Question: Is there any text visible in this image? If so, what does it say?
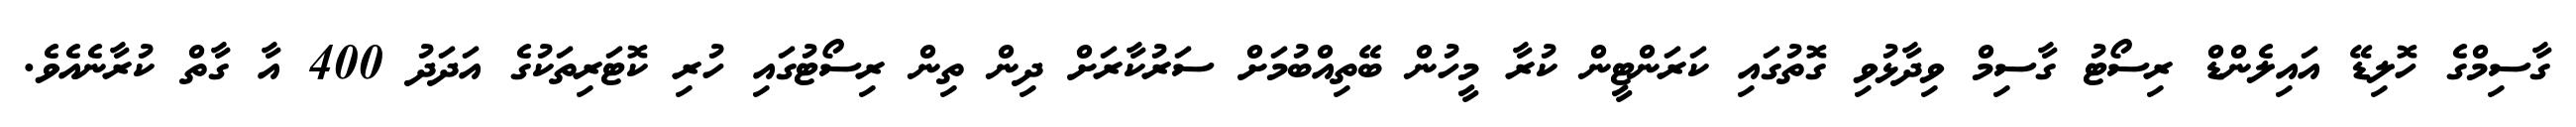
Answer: ގާސިމްގެ ހޮލިޑޭ އައިލެންޑް ރިސޯޓު ގާސިމް ވިދާޅުވި ގޮތުގައި ކަރަންޓީން ކުރާ މީހުން ބޭތިއްބުމަށް ސަރުކާރަށް ދިން ތިން ރިސޯޓުގައި ހުރި ކޮޓަރިތަކުގެ އަދަދު 400 އާ ގާތް ކުރާނެއެވެ.